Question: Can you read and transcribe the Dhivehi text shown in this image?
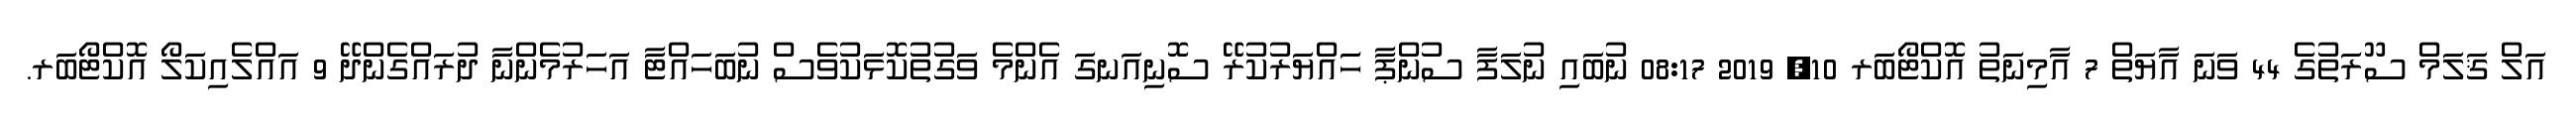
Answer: އަލް ޤަލަމް ސޫރަތުގެ 44 ވަނަ އާޔަތް 7 އާމިނަތު އޮކްޓޯބަރ 10, 2019 08:17 ނުބައި ނުލަފާ ސުންޕާ ހަައްޔަރުކުރޭ ސޮނިއަނގަ އެންމެ ވަގުތުކޮޅަކުވެސް ނުބަހައްޓާ އަހަރުމެންނާ ދުރައްގެންދޭ 9 އައްލެއިކަލޯ އޮކްޓޯބަރ.